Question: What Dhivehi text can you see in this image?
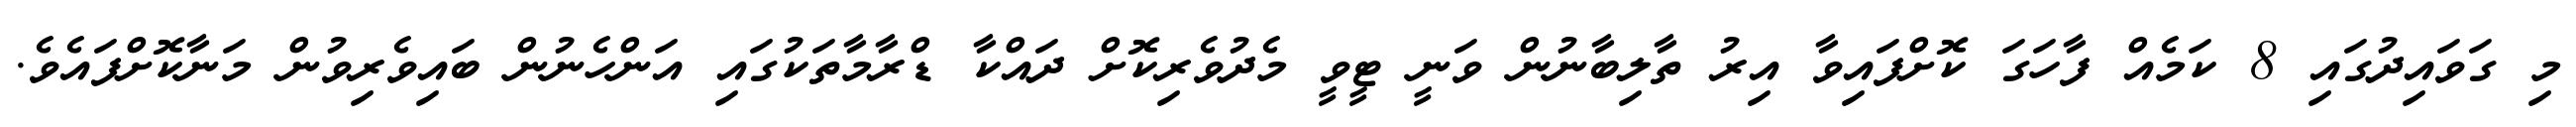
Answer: މި ގަވައިދުގައި 8 ކަމެއް ފާހަގަ ކޮށްފައިވާ އިރު ތާލިބާނުން ވަނީ ޓީވީ މެދުވެރިކޮށް ދައްކާ ޑްރާމާތަކުގައި އަންހެނުން ބައިވެރިވުން މަނާކޮށްފައެވެ.